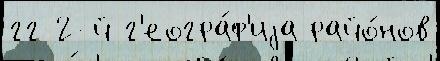
гг 2-й г'еогра́ф'иjа райо́нов